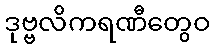
ဒုဗ္ဗလိကရဏီတွေဝ